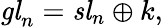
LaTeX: {\mathit{gl}}_{n}={\mathit{sl}}_{n}\oplus k,